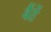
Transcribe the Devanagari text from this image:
बैंठें